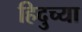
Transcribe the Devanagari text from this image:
हिदुच्या